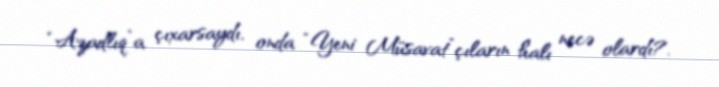
“Azadlıq”a çıxarsaydı, onda “Yeni Müsavat”çıların halı necə olardı?.